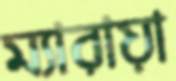
ম্যারায়া